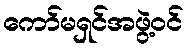
ကော်မရှင်အဖွဲ့ဝင်